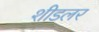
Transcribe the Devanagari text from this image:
शीडलर